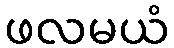
ဖလမယံ